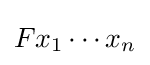
Fx_{1}\cdots x_{n}